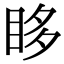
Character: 眵